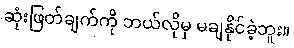
ဆုံးဖြတ်ချက်ကို ဘယ်လိုမှ မချနိုင်ခဲ့ဘူး။